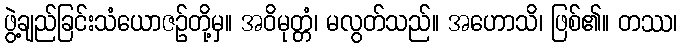
ဖွဲ့ချည်ခြင်းသံယောဇဉ်တို့မှ။ အဝိမုတ္တံ၊ မလွတ်သည်။ အဟောသိ၊ ဖြစ်၏။ တဿ၊